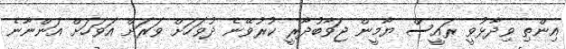
އިންތި ވިދާޅުވީ ރައީސް ޔާމީން ޖަވާބުދާރީ ކުރުވޭނެ ދުވަހަށް ވަރަށް އަވަހަށް އަންނާނެ